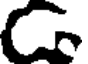
C